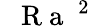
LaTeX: \mathrm{~\textit~{~R~a~}~}^{2}